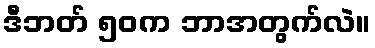
ဒီဘတ် ၅၀က ဘာအတွက်လဲ။